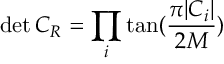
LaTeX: \operatorname * { d e t } { C _ { R } } = \prod _ { i } \tan ( \frac { \pi | C _ { i } | } { 2 M } )